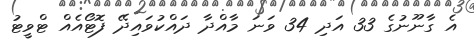
އެ ގާނޫނުގެ 33 އަދި 34 ވަނަ މާއްދާ ދައްކުވައިދޭ ފޮޓޯއެއް ޓްވީޓު